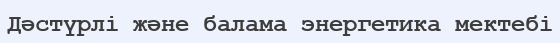
Дәстүрлі және балама энергетика мектебі